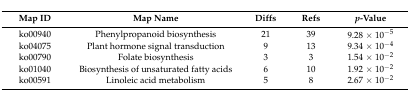
| Map ID | Map Name | Diffs | Refs | p-Value |
 | --- | --- | --- | --- | --- |
 | ko00940 | Phenylpropanoid biosynthesis | 21 | 39 | 9.28 × 10−5 |
 | ko04075 | Plant hormone signal transduction | 9 | 13 | 9.34 × 10−4 |
 | ko00790 | Folate biosynthesis | 3 | 3 | 1.54 × 10−2 |
 | ko01040 | Biosynthesis of unsaturated fatty acids | 6 | 10 | 1.92 × 10−2 |
 | ko00591 | Linoleic acid metabolism | 5 | 8 | 2.67 × 10−2 |